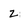
Character: z